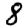
Digit: 8